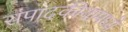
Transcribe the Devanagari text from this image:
संपादकीयामध्ये